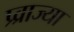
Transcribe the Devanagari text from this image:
प्र्व्राज्या